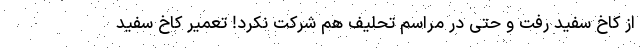
از کاخ سفید رفت و حتی در مراسم تحلیف هم شرکت نکرد! تعمیر کاخ سفید